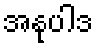
အနုပါဒ